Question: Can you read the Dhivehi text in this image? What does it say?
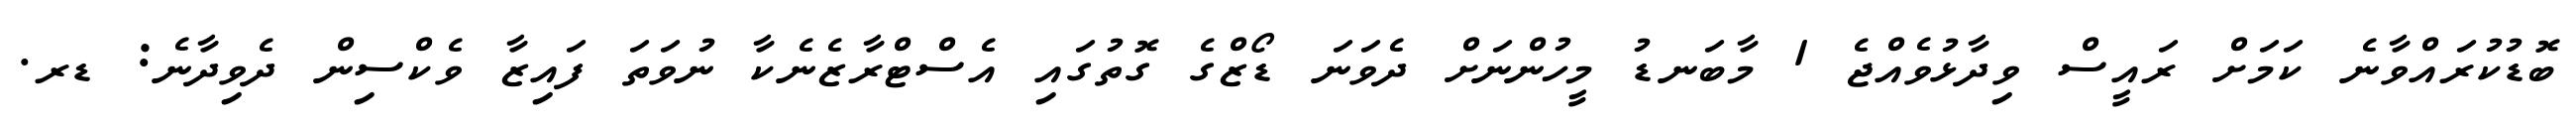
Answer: ބޮޑުކުރައްވާނެ ކަމަށް ރައީސް ވިދާޅުވެއްޖެ 1 މާބަނޑު މީހުންނަށް ދެވަނަ ޑޯޒްގެ ގޮތުގައި އެސްޓްރާޒެނެކާ ނުވަތަ ފައިޒާ ވެކްސިން ދެވިދާނެ: ޑރ.